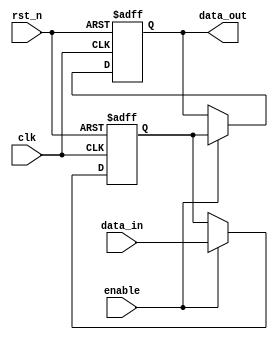
module DisableBlock (
    input wire clk,           // Clock signal
    input wire rst_n,        // Active low reset signal
    input wire enable,       // Control signal to enable/disable the block
    input wire [WIDTH-1:0] data_in, // Input data (parameterized width)
    output reg [WIDTH-1:0] data_out // Output data (parameterized width)
);

parameter WIDTH = 8; // Default width of the input/output data

// Internal register to hold the data when enabled
reg [WIDTH-1:0] internal_data;

always @(posedge clk or negedge rst_n) begin
    if (!rst_n) begin
        // On reset, clear the output data
        data_out <= {WIDTH{1'b0}};
        internal_data <= {WIDTH{1'b0}};
    end else if (enable) begin
        // If enabled, process the input data
        internal_data <= data_in;
        data_out <= internal_data; // Pass through the data
    end else begin
        // If disabled, maintain the output stable (hold previous value)
        data_out <= data_out; // Retain the last output, no change
    end
end

endmodule